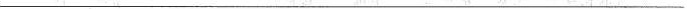
___